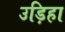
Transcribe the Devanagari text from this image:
उड़िहा